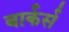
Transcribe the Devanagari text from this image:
बार्कर्स